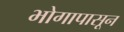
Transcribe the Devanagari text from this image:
भोगापासून